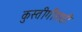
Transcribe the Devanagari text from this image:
कुस्तीगीराशी